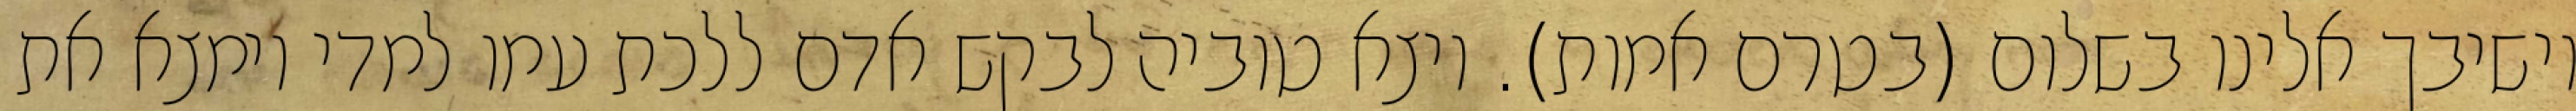
וישיבך אלינו בשלום (בטרם אמות). ויצא טוביה לבקש אדם ללכת עמו למדי וימצא את